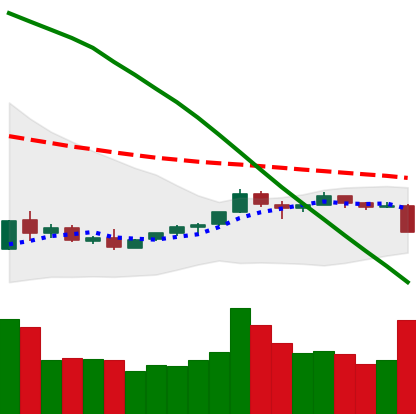
Ticker: TRX-USD
Chart end date: 2018-09-05
Forward return: -11.137%
Label: down_7plus